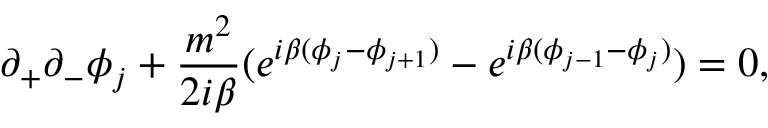
\partial _ { + } \partial _ { - } \phi _ { j } + \frac { m \sp { 2 } } { 2 i \beta } ( e \sp { i \beta ( \phi _ { j } - \phi _ { j + 1 } ) } - e \sp { i \beta ( \phi _ { j - 1 } - \phi _ { j } ) } ) = 0 ,